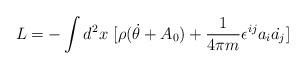
LaTeX: \begin{align*}L = - \int d^2 x \ [ \rho (\dot{\theta} + A_0)+{1\over{4\pi m}}\epsilon^{ij}a_{i} \dot{a_{j}}] \end{align*}